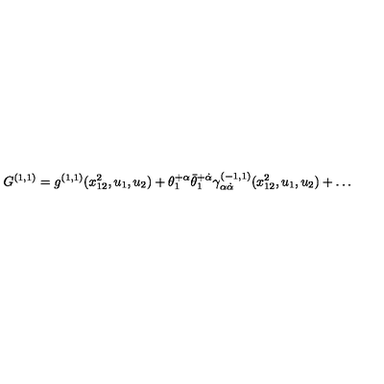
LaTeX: G ^ { ( 1 , 1 ) } = g ^ { ( 1 , 1 ) } ( x _ { 1 2 } ^ { 2 } , u _ { 1 } , u _ { 2 } ) + \theta _ { 1 } ^ { + \alpha } \bar { \theta } _ { 1 } ^ { + \dot { \alpha } } \gamma _ { \alpha \dot { \alpha } } ^ { ( - 1 , 1 ) } ( x _ { 1 2 } ^ { 2 } , u _ { 1 } , u _ { 2 } ) + \ldots